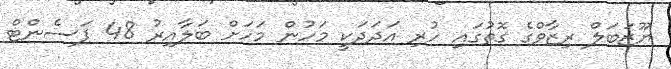
ޔޫޒަބަލް ރިޒާވްގެ ގޮތުގައި ހުރި އަދަދަކީ މަހުން މަހަށް ބަލާއިރު 48 ޕަސެންޓް